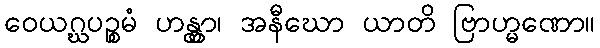
ဝေယဂ္ဃပဉ္စမံ ဟန္တွာ၊ အနီဃော ယာတိ ဗြာဟ္မဏော။